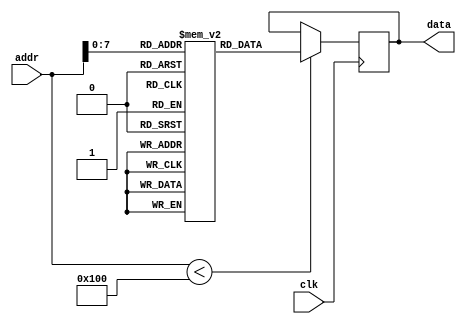
module flash_rom (
    input wire clk,
    input wire [15:0] addr,
    output reg [7:0] data
);

// Memory blocks to store data
reg [7:0] memory [0:255];

// Address decoding to access memory blocks
always @(posedge clk) begin
    if (addr < 256) begin
        data <= memory[addr];
    end
end

endmodule